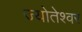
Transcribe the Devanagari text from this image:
ज्योतेश्वर